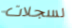
لسجلات